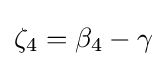
\zeta _{4}=\beta _{4}-\gamma